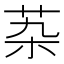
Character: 𰰶